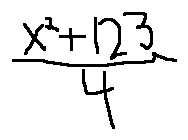
\frac { x ^ { 2 } + 1 2 3 } { 4 }